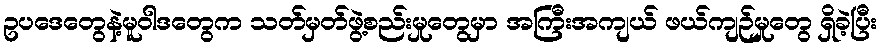
ဥပဒေတွေနဲ့မူဝါဒတွေက သတ်မှတ်ဖွဲ့စည်းမှုတွေမှာ အကြီးအကျယ် ဖယ်ကျဉ်မှုတွေ ရှိခဲ့ပြီး